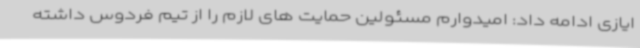
ایازی ادامه داد: امیدوارم مسئولین حمایت های لازم را از تیم فردوس داشته